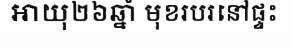
អាយុ២៦ឆ្នាំ មុខរបរនៅផ្ទះ